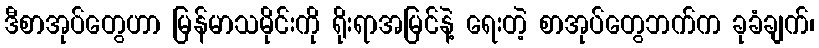
ဒီစာအုပ်တွေဟာ မြန်မာသမိုင်းကို ရိုးရာအမြင်နဲ့ ရေးတဲ့ စာအုပ်တွေဘက်က ခုခံချက်၊